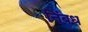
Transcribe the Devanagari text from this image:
निंबध